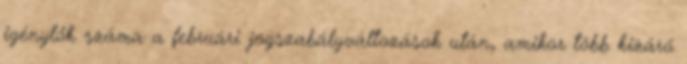
igénylők száma a februári jogszabályváltozások után, amikor több kizáró